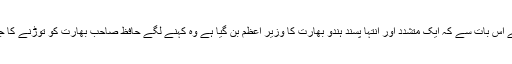
وہ کہنے لگے حافظ صاحب ہمیں پریشان نہیں ہونا چاہیے اس بات سے کہ ایک متشدد اور انتہا پسند ہندو بھارت کا وزیر اعظم بن گیا ہے وہ کہنے لگے حافظ صاحب بھارت کو توڑنے کا جو کام ہم نے کرنا تھا اللہ یہ کام مودی سے لے لیں گے ۔